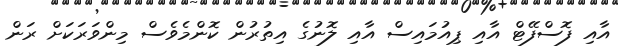
އާއި ފޮސްފޭޓް އާއި ޕިއުމައިސް އާއި ލޮނުގެ އިތުރުން ކޮންމެވެސް މިންވަރަކަށް ރަން